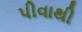
પીવાથી